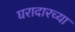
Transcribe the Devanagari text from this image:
घरादारच्या